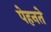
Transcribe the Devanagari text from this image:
पेहनते